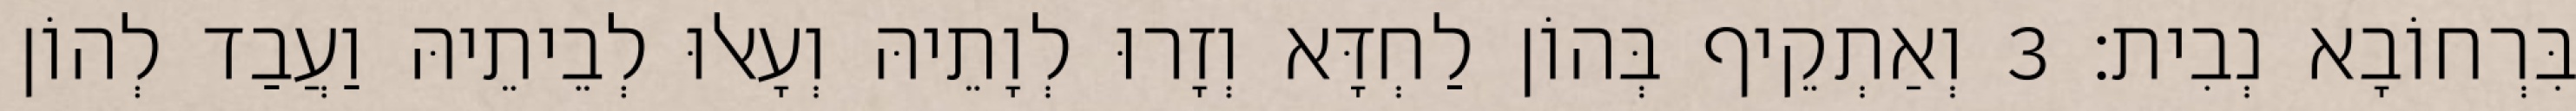
בִּרְחוֹבָא נְבִית׃ 3 וְאַתְקֵיף בְּהוֹן לַחְדָּא וְזָרוּ לְוָתֵיהּ וְעָאלוּ לְבֵיתֵיהּ וַעֲבַד לְהוֹן